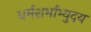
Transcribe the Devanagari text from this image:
धर्मशर्भाभ्युदय